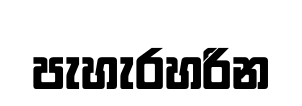
පැහැරහරින